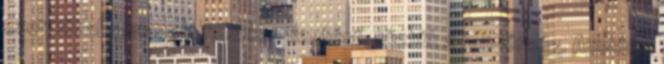
ezer közalkalmazott nem kap fizetést, köztük a rendőrség. Azokban